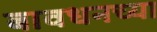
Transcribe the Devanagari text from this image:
बावधनच्या